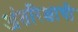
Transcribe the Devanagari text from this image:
अंतरिक्षाची